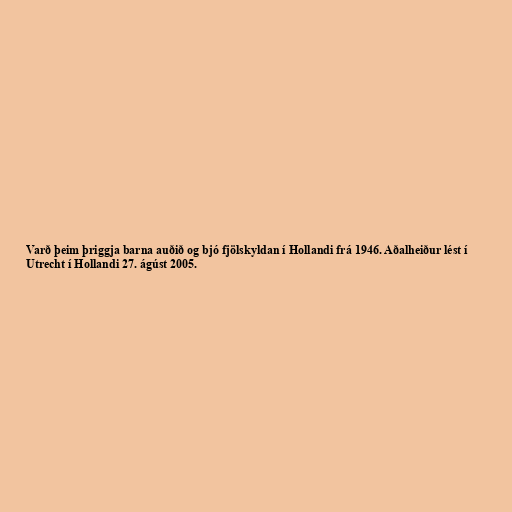
Varð þeim þriggja barna auðið og bjó fjölskyldan í Hollandi frá 1946. Aðalheiður lést í
Utrecht í Hollandi 27. ágúst 2005.